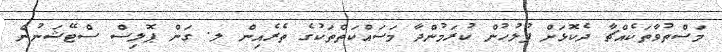
މަސްތުވާތަކެއްޗާ ދެކޮޅަށް ފުލުހުން ކުރަމުންދާ މަސައްކަތްތަކުގެ ތެރެއިން ލ. ގަން ޕޮލިސް ސްޓޭޝަނުން